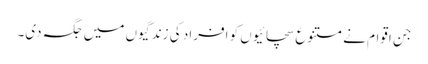
جن اقوام نے متنوع سچائیوں کو افراد کی زندگیوں میں جگہ دی۔